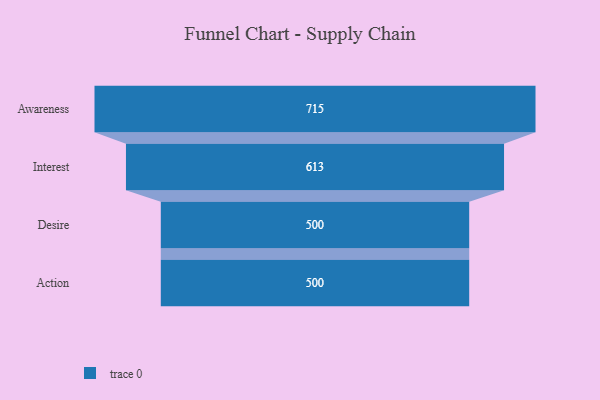
{"axis": {"x": "Stage", "y": "Value"}, "legend": [""], "data": [{"x": "Awareness", "y": 715.0, "type": ""}, {"x": "Interest", "y": 613.0, "type": ""}, {"x": "Desire", "y": 500, "type": ""}, {"x": "Action", "y": 500, "type": ""}]}